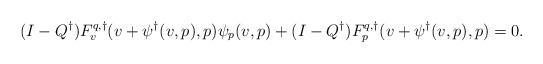
\begin{align*}(I-Q^\dagger)F^{q,\dagger}_v(v+\psi^\dagger(v,p),p)\psi_p(v,p) + (I-Q^\dagger)F^{q,\dagger}_p(v+\psi^\dagger(v,p),p) = 0.\end{align*}